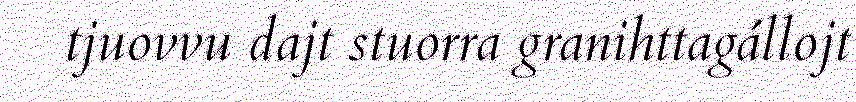
tjuovvu dajt stuorra granihttagállojt